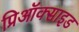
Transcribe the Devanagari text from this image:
प्रिऑक्साइड